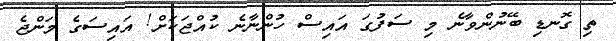
ތި ގޮނޑި ބޭނުންވާނެ މި ސަފުގަ އައިސް ހުންނާނެ ކުއްޖަކަށް! އައިސަގެ މަންޖެ